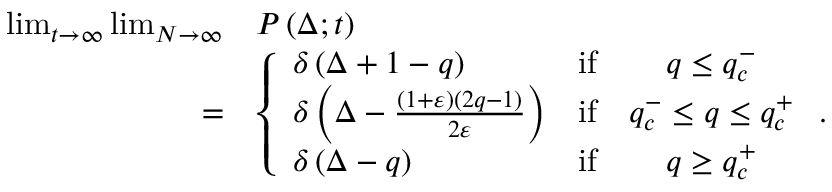
\begin{array} { r l } { \operatorname* { l i m } _ { t \to \infty } \operatorname* { l i m } _ { N \to \infty } } & { P \left( \Delta ; t \right) } \\ { = } & { \left\{ \begin{array} { l c c } { \delta \left( \Delta + 1 - q \right) } & { \mathrm { i f } } & { q \leq q _ { c } ^ { - } } \\ { \delta \left( \Delta - \frac { \left( 1 + \varepsilon \right) \left( 2 q - 1 \right) } { 2 \varepsilon } \right) } & { \mathrm { i f } } & { q _ { c } ^ { - } \leq q \leq q _ { c } ^ { + } } \\ { \delta \left( \Delta - q \right) } & { \mathrm { i f } } & { q \geq q _ { c } ^ { + } } \end{array} \right. . } \end{array}